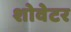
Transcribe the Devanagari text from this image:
शोवेटर